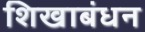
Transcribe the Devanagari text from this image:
शिखाबंधन